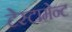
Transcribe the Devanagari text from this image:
टेस्टामेन्ट